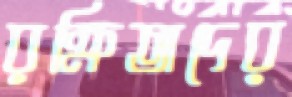
রক্ষিতাদের